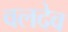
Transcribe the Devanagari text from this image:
वलदेव